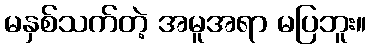
မနှစ်သက်တဲ့ အမူအရာ မပြဘူး။